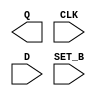
module sky130_fd_sc_hvl__dfstp (
    Q    ,
    CLK  ,
    D    ,
    SET_B
);

    output Q    ;
    input  CLK  ;
    input  D    ;
    input  SET_B;

    // Voltage supply signals
    supply1 VPWR;
    supply0 VGND;
    supply1 VPB ;
    supply0 VNB ;

endmodule